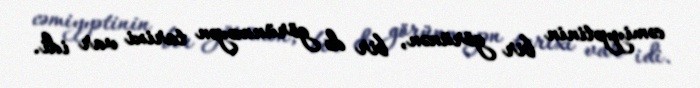
cəmiyyətinin bir görünən, bir də görünməyən tarixi var idi.